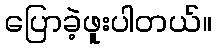
ပြောခဲ့ဖူးပါတယ်။